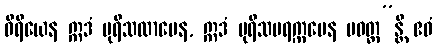
ဝီရိယေန ဣဒံ ပုရိသထာမေန, ဣဒံ ပုရိသပရက္ကမေန ပဝတ္တ”န္တိ ဧဝံ